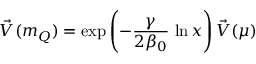
\vec { \cal V } ( m _ { Q } ) = \exp \left( - \frac { \gamma } { 2 \beta _ { 0 } } \, \ln x \right) \vec { \cal V } ( \mu )